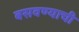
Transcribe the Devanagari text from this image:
बसवण्याची